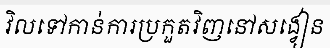
វិលទៅកាន់ការប្រកួតវិញនៅសង្វៀន